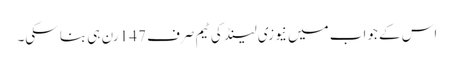
اس کے جواب میں نیوزی لینڈ کی ٹیم صرف 147 رن ہی بنا سکی۔